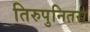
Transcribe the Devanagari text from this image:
तिरुपुनितरा